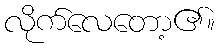
လိုက်လေတော့၏။